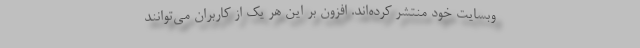
وبسایت خود منتشر کرده‌اند. افزون بر این هر یک از کاربران می‌توانند